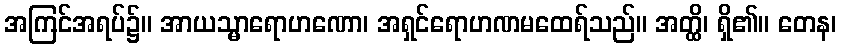
အကြင်အရပ်၌။ အာယသ္မာရောဟဏော၊ အရှင်ရောဟဏမထေရ်သည်။ အတ္ထိ၊ ရှိ၏။ တေန၊